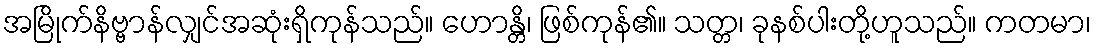
အမြိုက်နိဗ္ဗာန်လျှင်အဆုံးရှိကုန်သည်။ ဟောန္တိ၊ ဖြစ်ကုန်၏။ သတ္တ၊ ခုနစ်ပါးတို့ဟူသည်။ ကတမာ၊